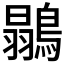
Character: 𪄚